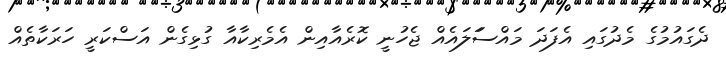
ދެގައުމުގެ މެދުގައި އެފަދަ މައްސަަލައެއް ޖެހުނީ ކޮރެއާއިން އެމެރިކާާއާ ގުޅިގެން އަސްކަރީ ހަރަކާތެއް